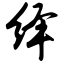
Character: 绎